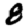
Digit: 8